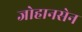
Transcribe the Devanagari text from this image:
जोहानसेन